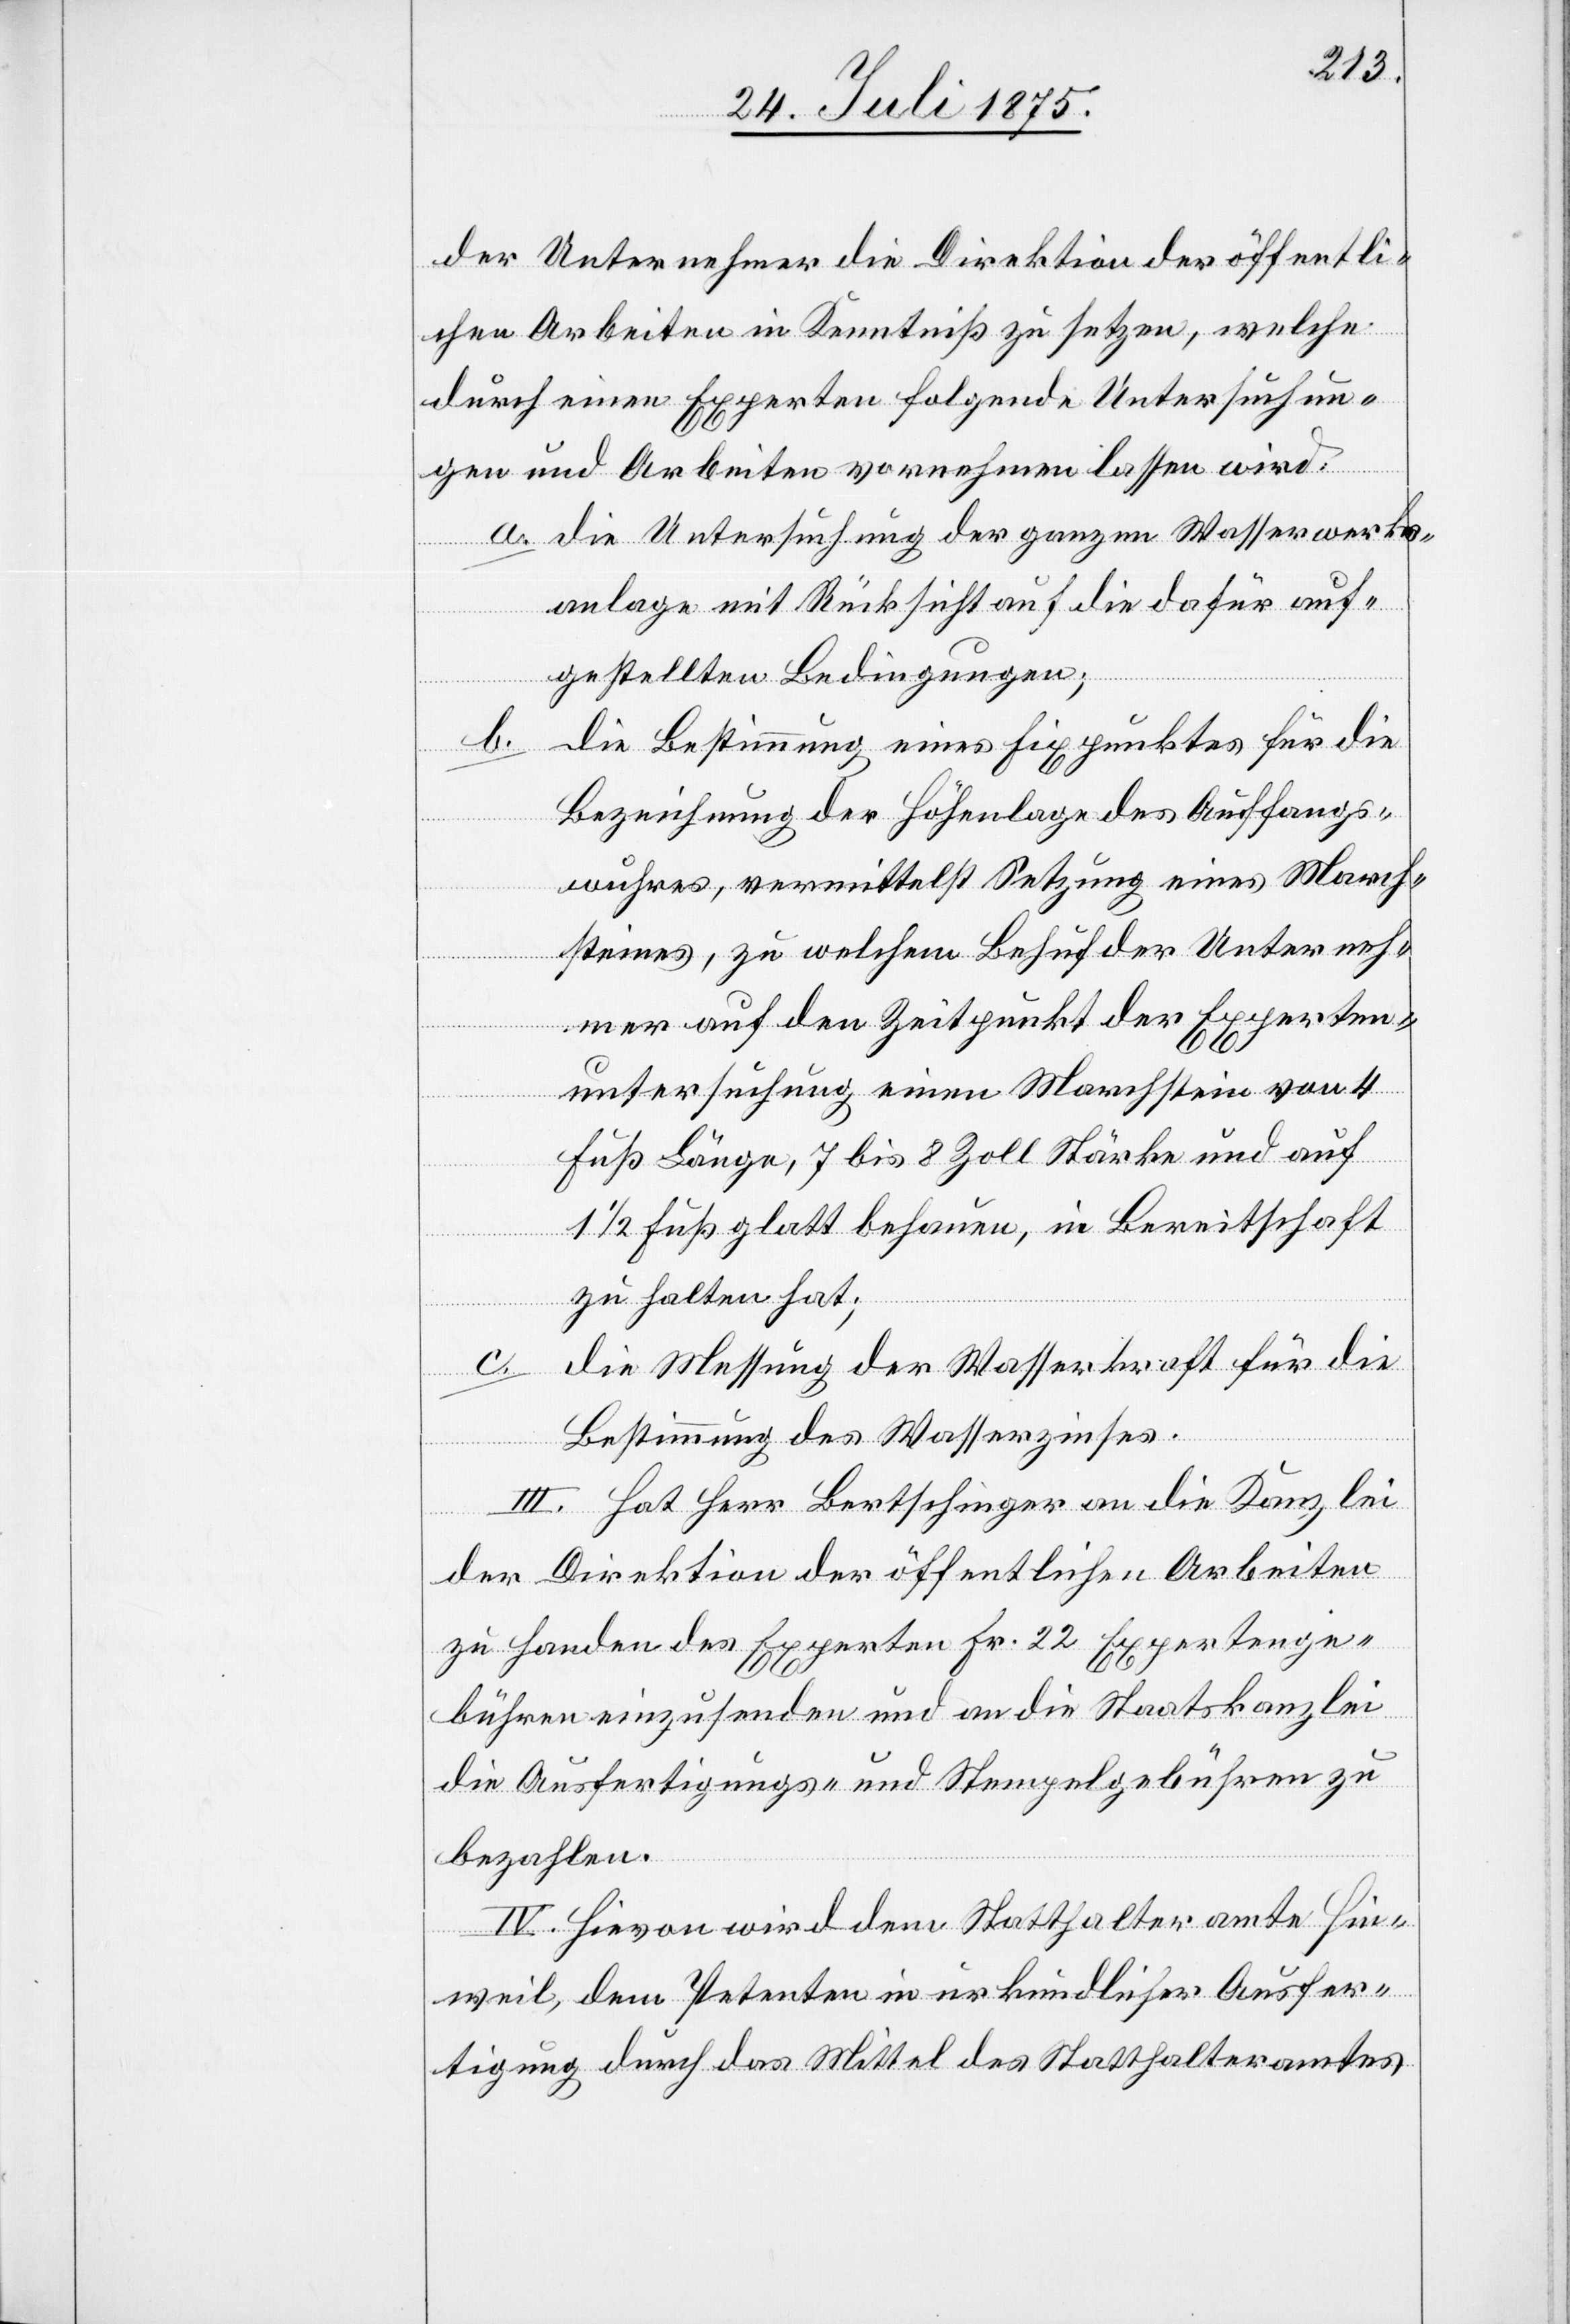
der Unternehmer die Direktion der öffentli¬
chen Arbeiten in Kenntniß zu setzen, welche
durch einen Experten folgende Untersuchun¬
gen und Arbeiten vornehmen lassen wird:
a. die Untersuchung der ganzen Wasserwerks¬
anlage mit Rücksicht auf die dafür auf¬
gestellten Bedingungen;
die Bestimmung eines Fixpunktes für die
b.
Bezeichnung der Höhenlage des Auffangs¬
wuhres, vermittelst Setzung eines March¬
steines, zu welchem Behuf der Unterneh¬
mer auf den Zeitpunkt der Experten¬
untersuchung einen Marchstein von 4
Fuß Länge, 7 bis 8 Zoll Stärke und auf
1 1/2 Fuß glatt behauen, in Bereitschaft
zu halten hat;
die Messung der Wasserkraft für die
Bestimmung des Wasserzinses.
III. Hat Herr Bertschinger an die Kanzlei
der Direktion der öffentlichen Arbeiten
zu Handen es Experten Fr. 22 Expertenge¬
bühren einzusenden und an die Staatskanzlei
die Ausfertigungs- und Stempelgebühren zu
bezahlen.
IV. Hievon wird dem Statthalteramte Hin¬
weil, dem Petenten in urkundlicher Ausfer¬
tigung durch das Mittel des Statthalteramtes